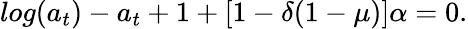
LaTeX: log(a_{t})-a_{t}+1+\left[1-\delta(1-\mu)\right]\alpha=0.